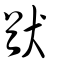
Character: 猷